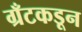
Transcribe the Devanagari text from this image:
ग्रँटकडून